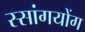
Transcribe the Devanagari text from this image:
स्सांगयोंग